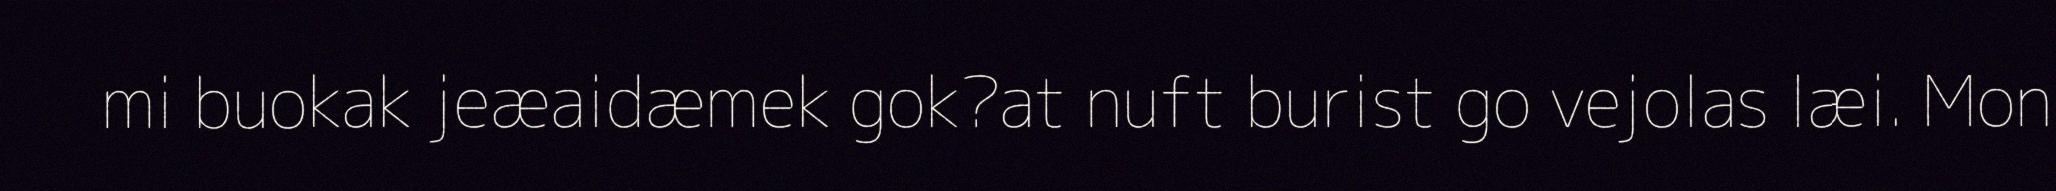
mi buokak jeæaidæmek gok?at nuft burist go vejolas læi. Mon